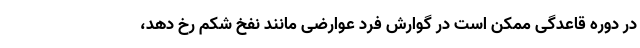
در دوره قاعدگی ممکن است در گوارش فرد عوارضی مانند نفخ شکم رخ دهد،